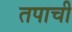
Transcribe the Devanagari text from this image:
तपाची